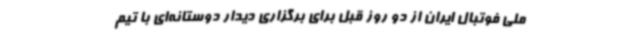
ملی فوتبال ایران از دو روز قبل برای برگزاری دیدار دوستانه‌ای با تیم